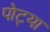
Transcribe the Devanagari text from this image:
पोट्या